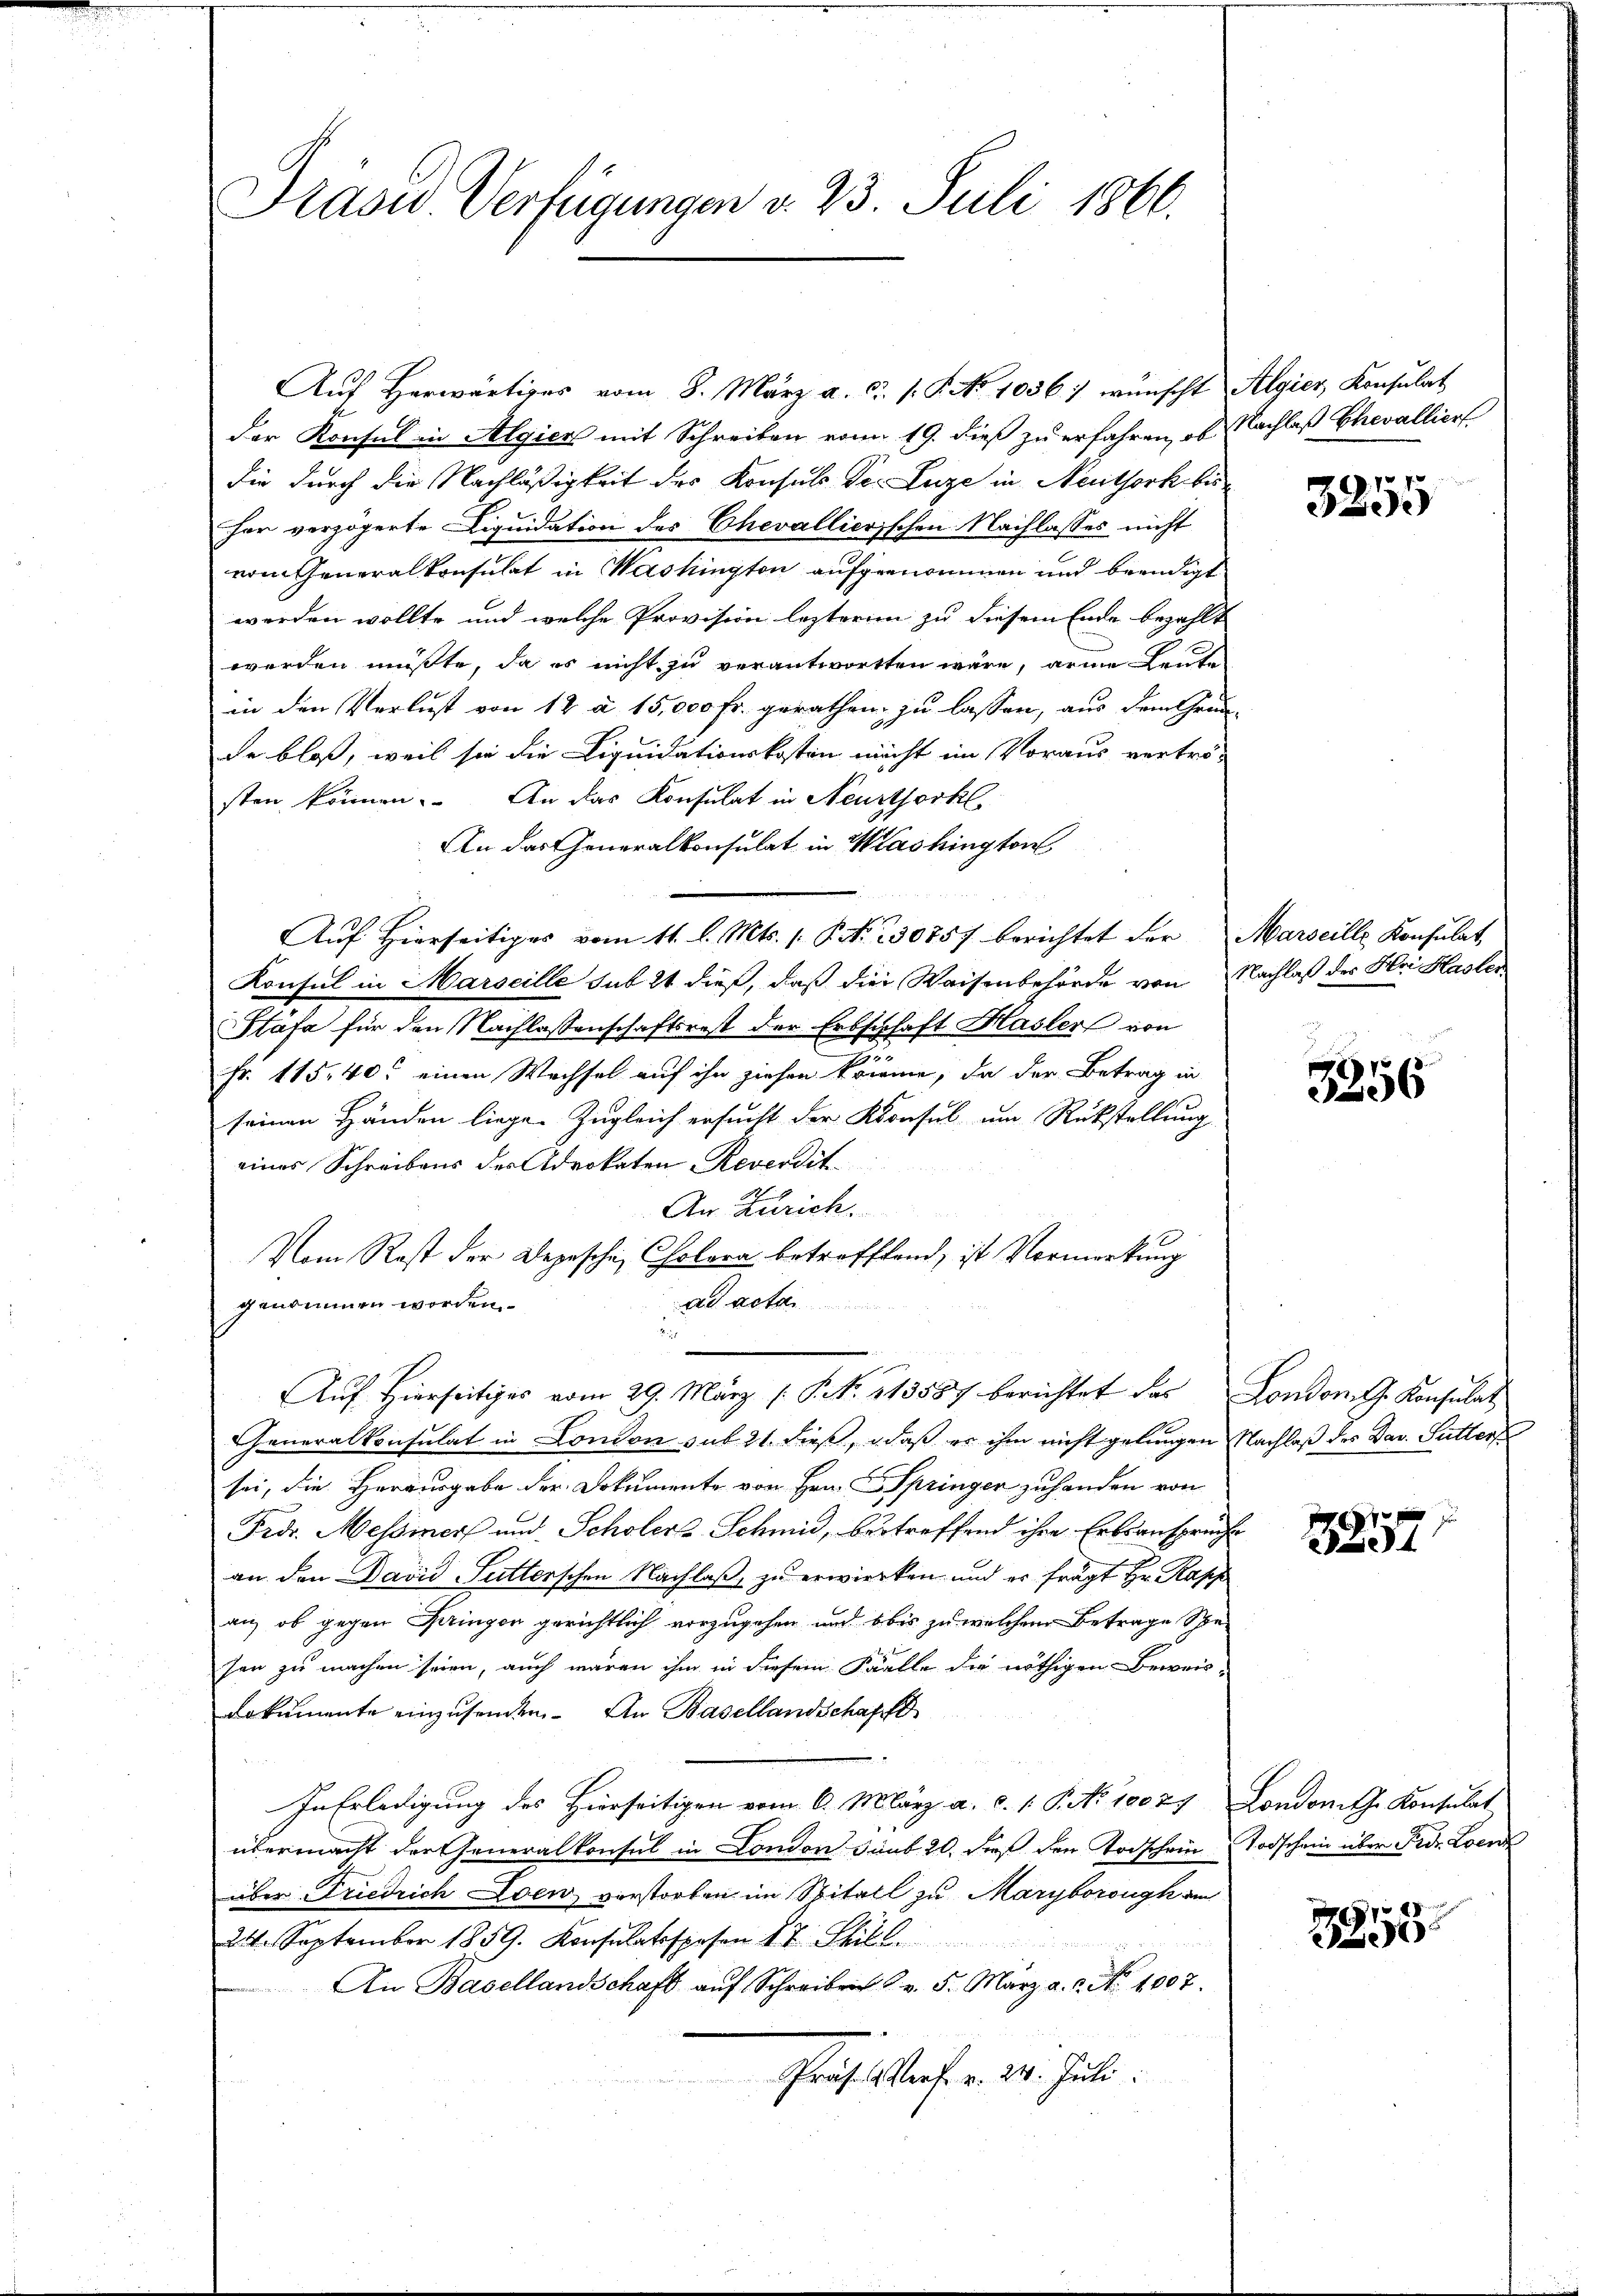
Präsid Verfügungen v. 23. Juli 1860.

Aŭf herwärtiges vom 8. März a. c. 1. P. No 1056.) wünscht Algier Konsulat
der Konsul in Algier mit Schreiben vom 19. dieß zu erfahren, ob Nachlaß Chevalliert
die durch die Nachläßigkeit der Konsuls der Luze in Neuthork bisher verzögerte Liquidation des Chevallierischen Nachlasses nicht
vom Generalkonsulat in Washington aufgenommen und beendigt
werden wollte und welche Provision lezteren zu diesem Ende bezahlt
werden müßte, da es nicht zu verantworten wäre, arme Leutin den Verlust von 12 à 15,000 Fr. gerathen zu lassen, aus dem Grun-
de bloß, weil sie die Liquidationskosten nicht im Voraus vertrö-
sten können. An das Konsulat in Neusthorkl.
An das Generalkonsulat in Washington
Aŭf Hierseitiges vom 11. l. Mts. 1. P. Nr. 30757 berichtet der Marseille Konsulat
Konsul in Marseille sub 24 dieß, daß die Waisenbehörde von Nachlaß des Hei Hasler
Stäfa für den Nachlassenschaftsrest der Erbschaft Hasler von
Fr. 115, 40 einen Wachsel auf ihn ziehen könne, da der Betrag in
seinen Händen liege. Zugleich ersucht der Konsul um Rückstellung
eines Schreibens der Advokaten Reverdit
An Zürich.
Vom Rest der Depesche, Cholera betreffend, ist Vormerkung
ad actan
genommen worden.
Auf Hierseitiges vom 29. März ( P. Nr. 113887 berichtet das London. G. Konsulat
Generalkonsulat in London sub. 21. dieß, daß er ihm nicht gelungen Nachlaß des Dav. Sutters
sei, die Herausgabe der Dokumente von Hrn. F. Springer zu handen von
Frd. Messiers und Scholera Schmid, betreffend ihre Erbsansprüche
an den David Futterschen Nachlaß zu erwierken und es fragt Hr. Rapp
an, ob gegen Springen gerichtlich vorzugehen und bis zu welchem Betrage Scha-
sen zu machen seien, auch waren ihm in diesem Falle die nöthigen Beweis-
dokumente einzusenden. An Basellandschaffe
In Erledigung des Hierseitigen vom 6. März a. c. 1. P. No 10027 Londonith Konsulat
übermacht der Generalkonsul in London sub 20. dieß den Todschein Todschein über Fedr. Loen
über Friedrich Loen verstorben im Spitall zu Maryborough am
24. September 1859. Konsulatspesen § 7 Still.
An Basellandschaft aŭf Schreiben v. 5. März a.c. No 1007.
Präfe darf. v. 24. Juli.

17
Sede

3356

7
ae

2955